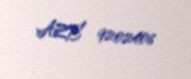
AZE 9202406